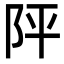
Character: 𨸶